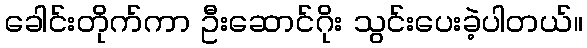
ခေါင်းတိုက်ကာ ဦးဆောင်ဂိုး သွင်းပေးခဲ့ပါတယ်။